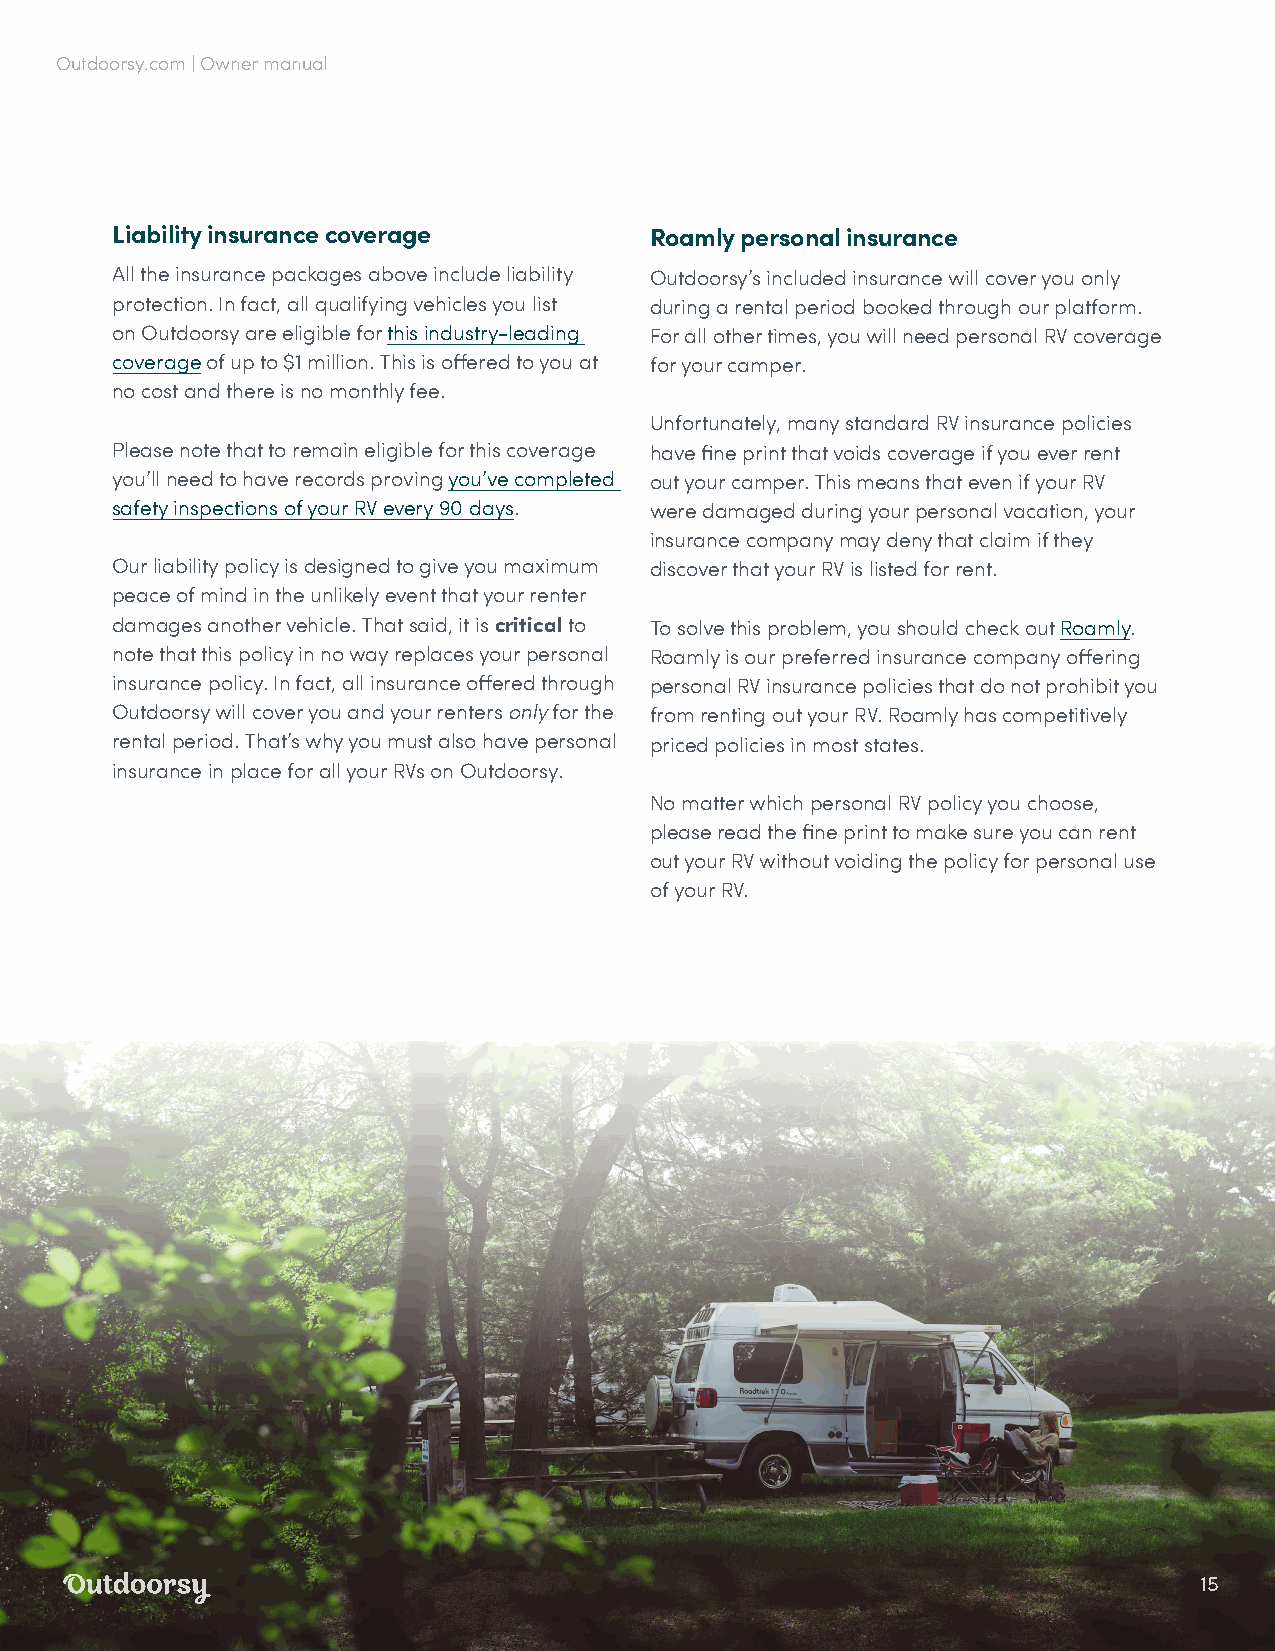
Outdoorsy.com | Owner manual
 Liability insurance coverage        Roamly personal insurance
 All the insurance packages above include liability Outdoorsy’s included insurance will cover you only
 protection. In fact, all qualifying vehicles you list during a rental period booked through our platform.
 on Outdoorsy are eligible for this industry-leading For all other times, you will need personal RV coverage
 coverage of up to $1 million. This is offered to you at for your camper.
 no cost and there is no monthly fee.
 Unfortunately, many standard RV insurance policies
 Please note that to remain eligible for this coverage have fine print that voids coverage if you ever rent
 you’ll need to have records proving you’ve completed out your camper. This means that even if your RV
 safety inspections of your RV every 90 days. were damaged during your personal vacation, your
 insurance company may deny that claim if they
 Our liability policy is designed to give you maximum discover that your RV is listed for rent.
 peace of mind in the unlikely event that your renter
 damages another vehicle. That said, it is critical to To solve this problem, you should check out Roamly.
 note that this policy in no way replaces your personal Roamly is our preferred insurance company offering
 insurance policy. In fact, all insurance offered through personal RV insurance policies that do not prohibit you
 Outdoorsy will cover you and your renters only for the from renting out your RV. Roamly has competitively
 rental period. That’s why you must also have personal priced policies in most states.
 insurance in place for all your RVs on Outdoorsy.
 No matter which personal RV policy you choose,
 please read the fine print to make sure you can rent
 out your RV without voiding the policy for personal use
 of your RV.
 15